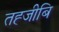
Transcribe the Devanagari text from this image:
तह्जीबि